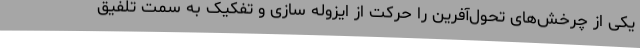
یکی از چرخش‌های تحول‌آفرین را حرکت از ایزوله سازی و تفکیک به سمت تلفیق